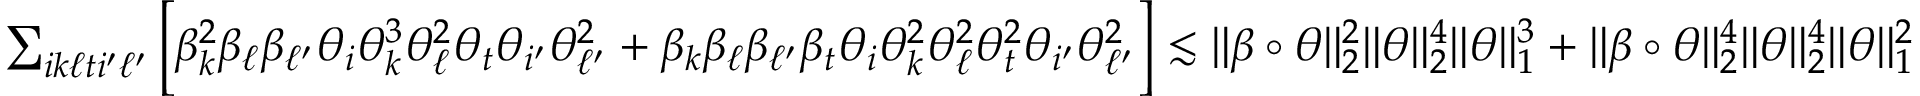
\begin{array} { r } { \sum _ { i k \ell t i ^ { \prime } \ell ^ { \prime } } \bigg [ \beta _ { k } ^ { 2 } \beta _ { \ell } \beta _ { \ell ^ { \prime } } \theta _ { i } \theta _ { k } ^ { 3 } \theta _ { \ell } ^ { 2 } \theta _ { t } \theta _ { i ^ { \prime } } \theta _ { \ell ^ { \prime } } ^ { 2 } + \beta _ { k } \beta _ { \ell } \beta _ { \ell ^ { \prime } } \beta _ { t } \theta _ { i } \theta _ { k } ^ { 2 } \theta _ { \ell } ^ { 2 } \theta _ { t } ^ { 2 } \theta _ { i ^ { \prime } } \theta _ { \ell ^ { \prime } } ^ { 2 } \bigg ] \lesssim \| \beta \circ \theta \| _ { 2 } ^ { 2 } \| \theta \| _ { 2 } ^ { 4 } \| \theta \| _ { 1 } ^ { 3 } + \| \beta \circ \theta \| _ { 2 } ^ { 4 } \| \theta \| _ { 2 } ^ { 4 } \| \theta \| _ { 1 } ^ { 2 } } \end{array}